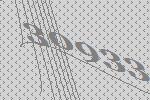
30933